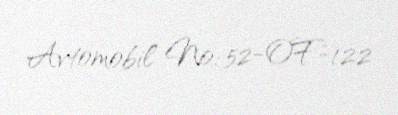
Avtomobil №: 52-OF-122